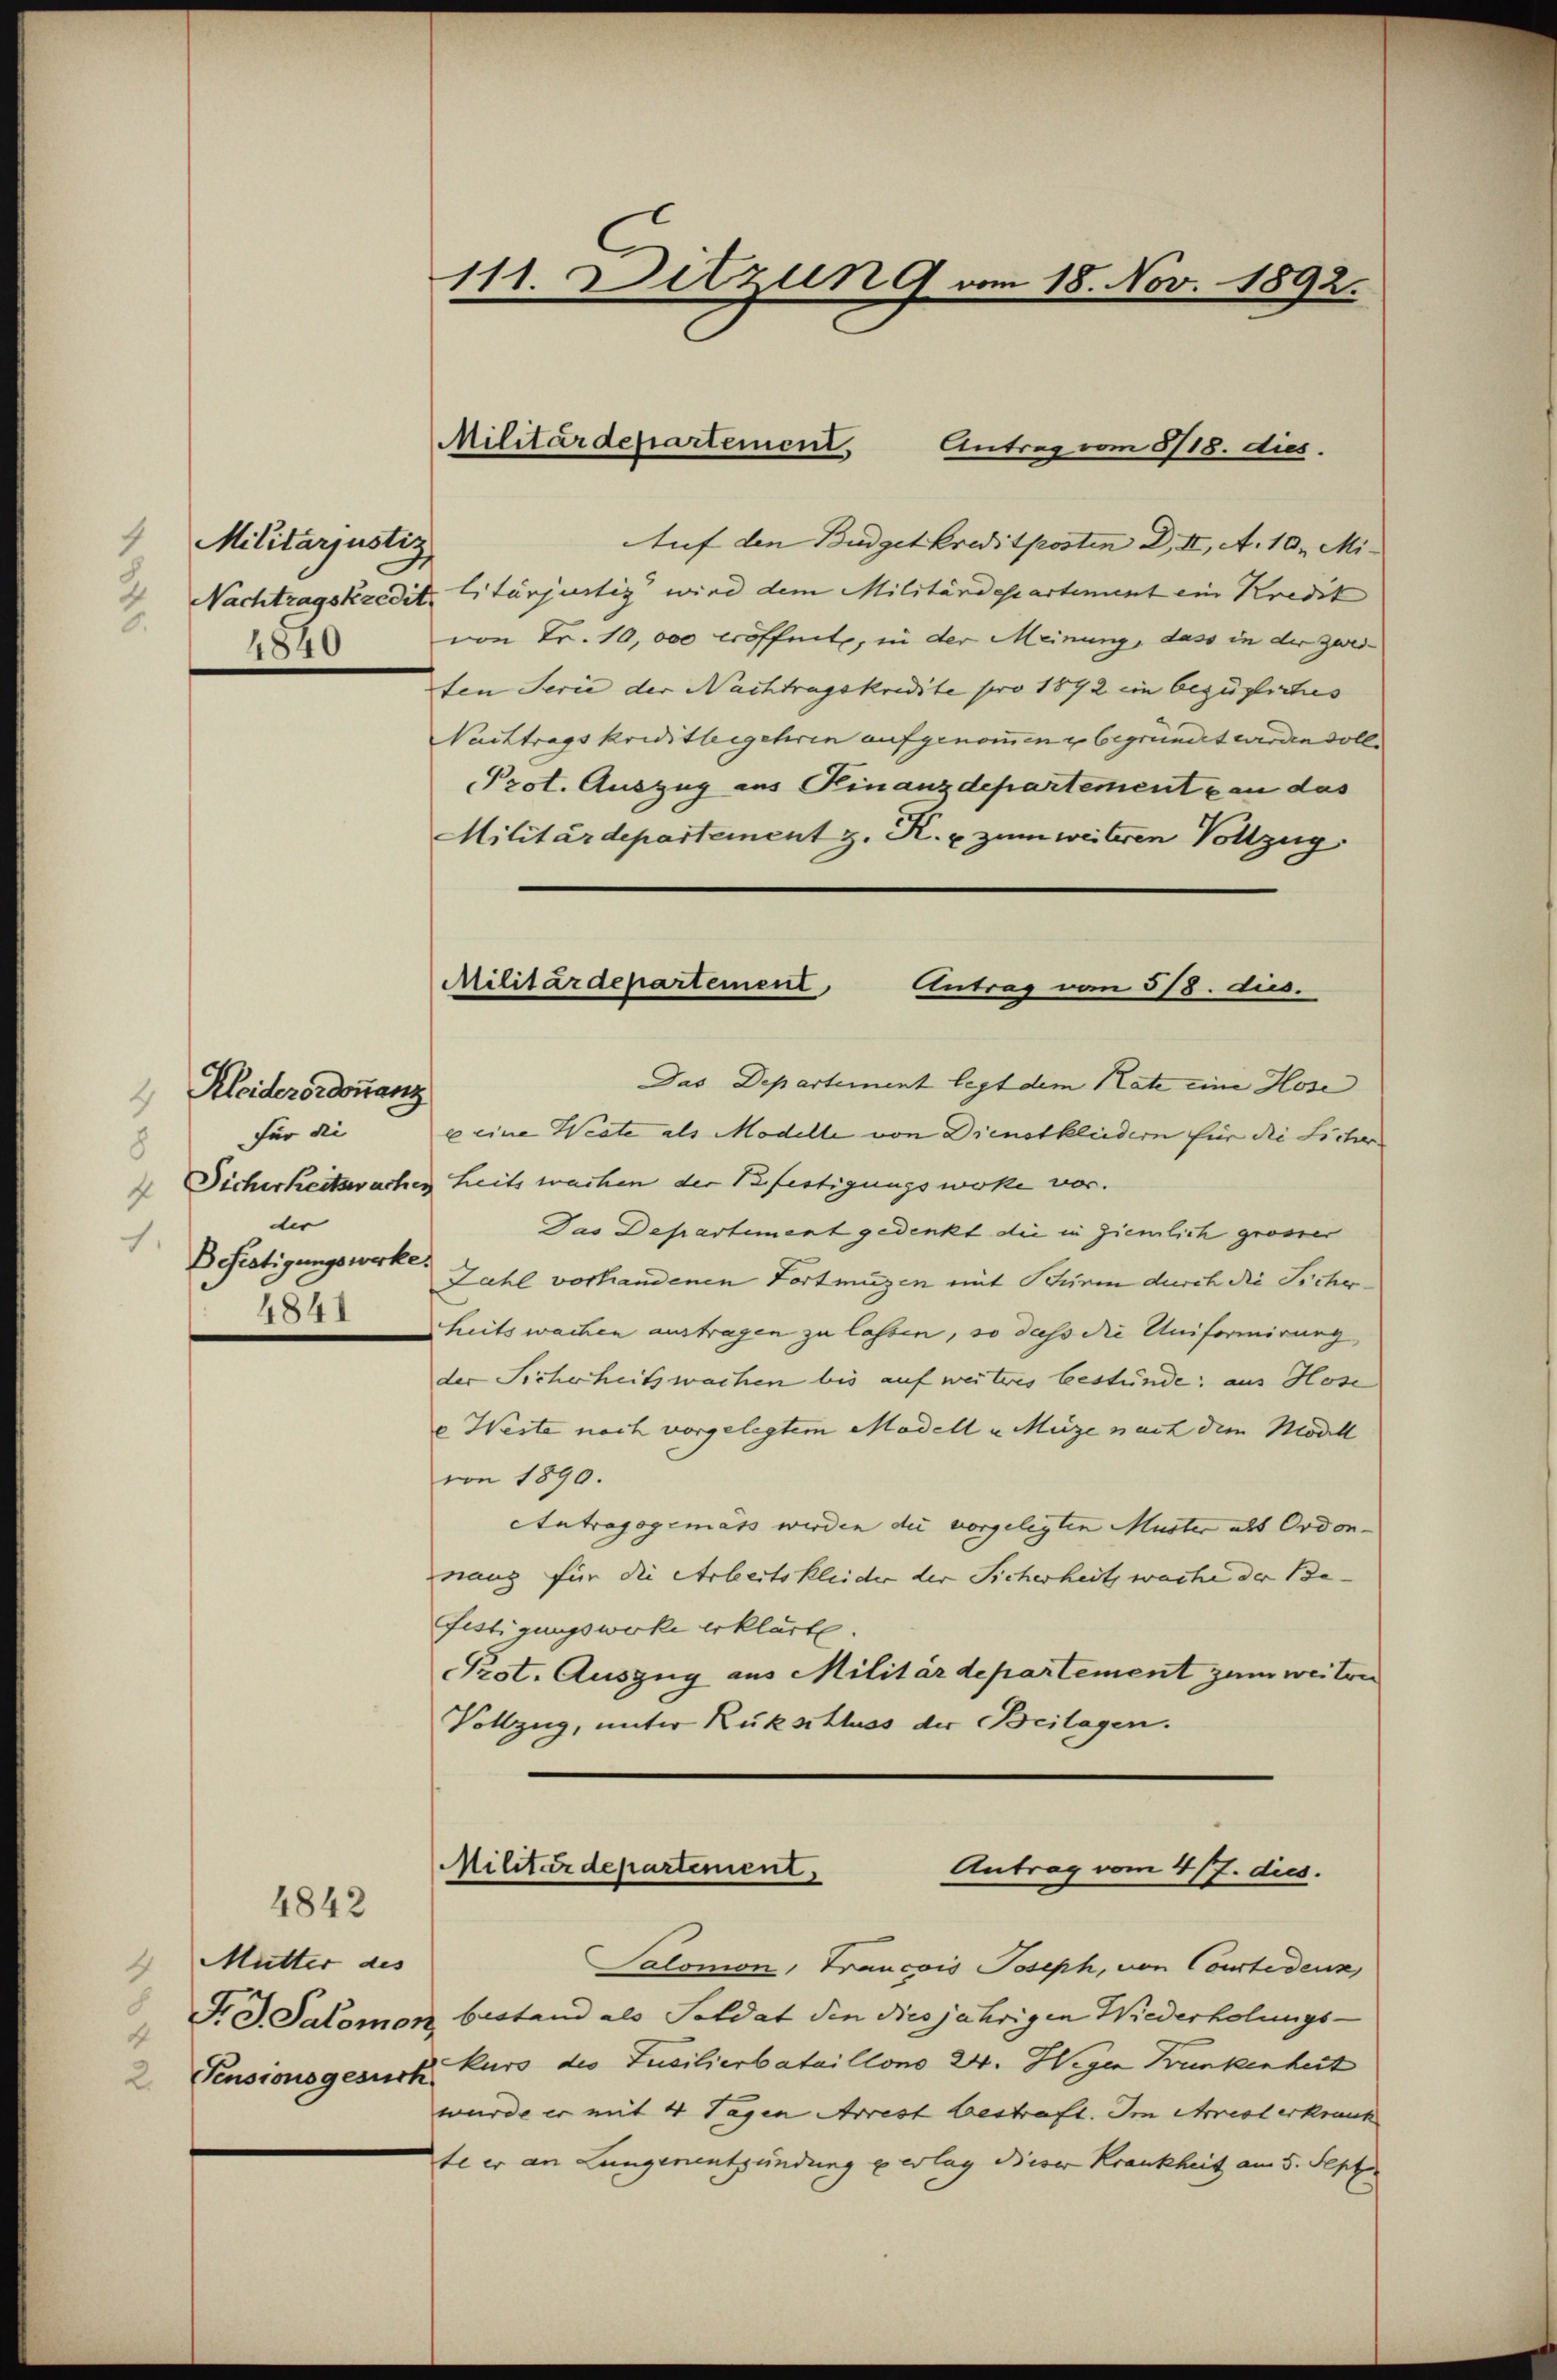
Militarjustiz
1
2.
4840

Kleiderordonanz
für die
8
der
1.
Befertigungswerke
4841

4842

Mutter des
4
 Pensionsgesuch

111. Ditzung vom 18. Nov. 1892.

Militärdepartement
Antrag vom 8/18. dies.

Auf den Budgetkreditposten D., I, A. 10. Mi¬
Nachtragskredit. Litünjustig wird dem Militärdepartement ein Kredit
von Fr. 10,000 eröffnete, in der Meinung, dass in der zwei-
ten Serie der Nachtragskredite pro 1892 im bezügliches |
Nachtrags kriditleigehren aufgenommen u begründet werden soll.
Prot. Auszug aus Finanzdepartement an das
Militärdepartement z. R. u. zum weiteren Vollzug.
Das Departement legt dem Rate eine Hose
e eine Weste als Modelle von Dienstkleidern für die Sicher
 Dicherheitsacher heits wachen der Befertigungswoke vor.
Das Departement gedenkt die in ziemlich grosser
Zahl vorhandenen Tortmügen mit Schirm durch die Sicherheitswachen austragen zu lassen, so dass die Uniformirung
der Sicherheitswachen bis auf weiteres bestünde; aus Hose
e Weste nach vorgelegtem Modell u. Münze nach dem Modell
von 1890.
Antragsgemäss werden die vorgelegten Muster als Ordon-
wang für die Arbeitskleider der Sicherheit wache der Be¬
Festigungswerke erklärte.
Prot. Auszug aus Militärdepartement zum weiter
Vollzug, unter Rükschluss der Beilagen.

Militärdepartement Antrag vom 318. dies.

Militärdepartement,
Antrag vom 4/7. dies.

Salomon, Francpis Joseph, von Courtidenz,
Si. G. Salomon bestand als Soldat den diesjährigen Wiederholungs-
kurs des Tucilierbataillons 24. Wegen Trunkenheit
wurde er mit 4 Tagen Arrest bestraft. Im Arresterkraut
te er an Lungenentzündung verlag dieser Krankheit am 5. Septer